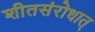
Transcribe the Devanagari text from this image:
शीतसंरोधात्